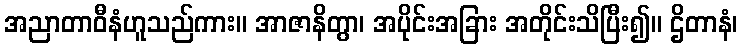
အညာတာဝီနံဟူသည်ကား။ အာဇာနိတွာ၊ အပိုင်းအခြား အတိုင်းသိပြီး၍။ ဌိတာနံ၊